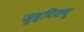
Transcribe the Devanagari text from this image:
जुइचिक्यु